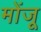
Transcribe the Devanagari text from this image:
मोंजू